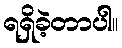
ရရှိခဲ့တာပါ။